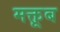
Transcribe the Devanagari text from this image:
मक्तूब